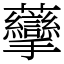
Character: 䖂